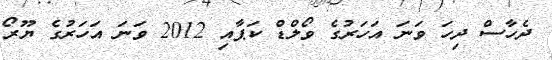
ދެހާސް ދިހަ ވަނަ އަހަރުގެ ވޯލްޑް ކަޕާއި 2012 ވަަނަ އަަހަރުގެ ޔޫރޯ